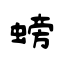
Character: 螃